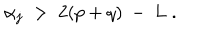
\alpha _ { j } \; > \; 2 ( p + q ) \: - \: L \; .